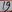
Text: 19